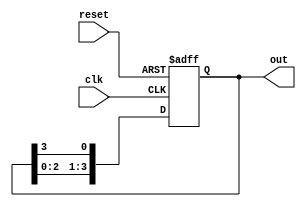
module ring_counter #(parameter N = 4) (
    input wire clk,          // Clock input
    input wire reset,        // Asynchronous reset input
    output reg [N-1:0] out   // Output state of the ring counter
);

    // Initialize the counter on reset
    always @(posedge clk or posedge reset) begin
        if (reset) begin
            out <= 1'b1; // Set the first flip-flop high, others low
        end else begin
            out <= {out[N-2:0], out[N-1]}; // Shift left and wrap around
        end
    end

endmodule